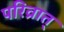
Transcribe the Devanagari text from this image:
परिव्रात्